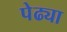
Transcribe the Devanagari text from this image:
पेढ्या